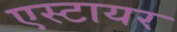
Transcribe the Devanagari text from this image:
एस्टायर